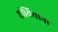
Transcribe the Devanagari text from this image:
शीथियाना